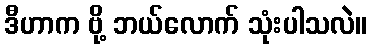
ဒီဟာက ဗို့ ဘယ်လောက် သုံးပါသလဲ။